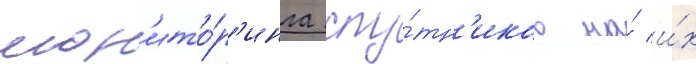
мон'ито́р'инга спу́тн'иков на́ и́х